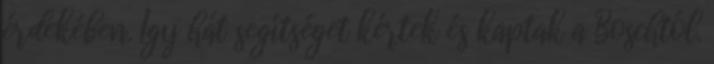
érdekében. Így hát segítséget kértek és kaptak a Boschtól.